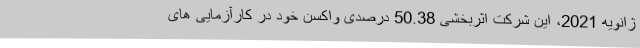
ژانویه 2021، این شرکت اثربخشی 50.38 درصدی واکسن خود در کارآزمایی های